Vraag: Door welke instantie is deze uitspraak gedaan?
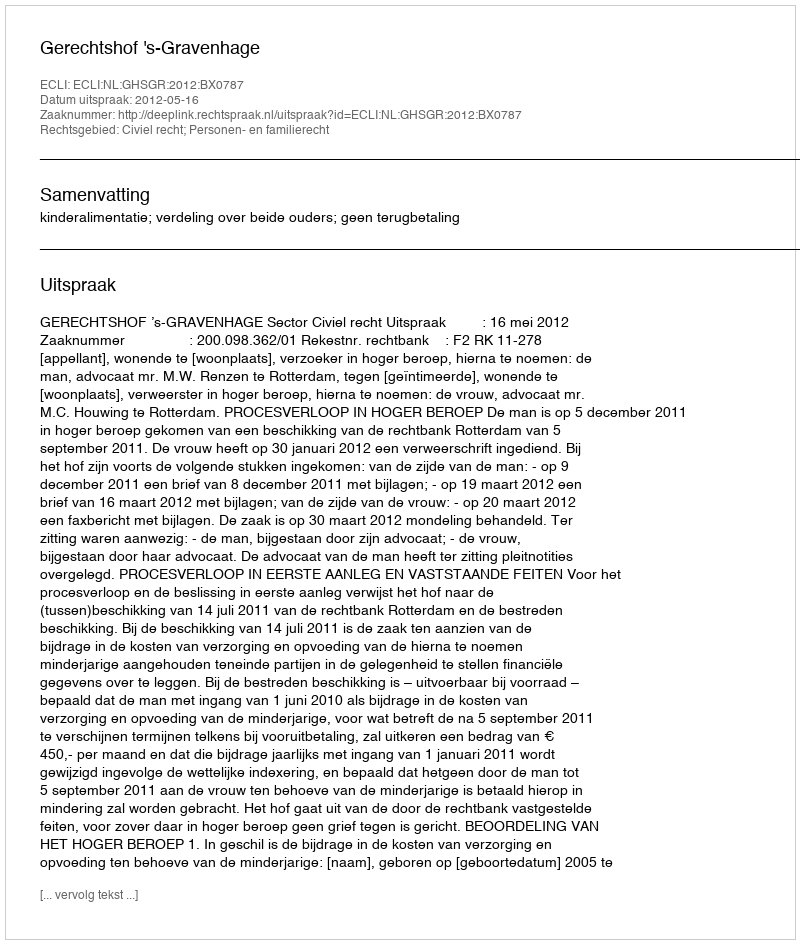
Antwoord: Gerechtshof 's-Gravenhage